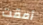
أمقت